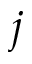
j